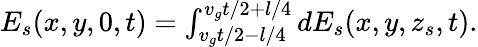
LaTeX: \begin{array}{r}{E_{s}(x,y,0,t)=\int_{v_{g}t/2-l/4}^{v_{g}t/2+l/4}dE_{s}(x,y,z_{s},t).}\end{array}